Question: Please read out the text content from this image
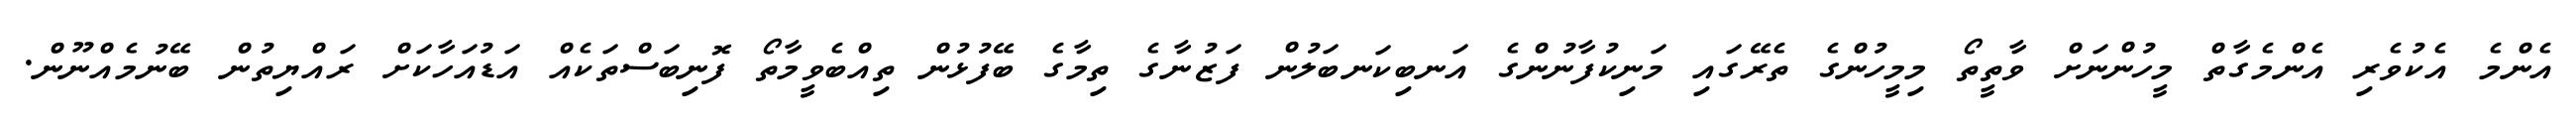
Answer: އެންމެ އެކުވެރި އެންމެގާތް މީހުންނަށް ވާތީތޯ މިމީހުންގެ ތެރޭގައި މަނިކުފާނުންގެ އަނބިކަނބަލުން ފަޒުނާގެ ތިމާގެ ބޭފުޅުން ތިއްބެވީމާތޯ ފޮނިބަސްތަކެއް އަޑުއަހާކަށް ރައްޔިތުން ބޭނުމެއްނޫން.